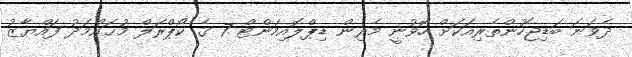
ދެވަނަ ބަޑިޖެހުންތެރިއަކަށް ހޮވުނީ މެރިން ޑިޕްލޮއިމަންޓް 7 ގެ ކޯޕްރަލް މުޙައްމަދު ފައްޔާޒު